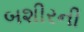
બશીરની